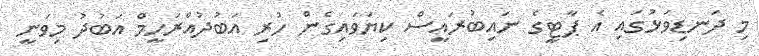
މި ދަނޑިވަޅުގައި އެ ޕާޓީގެ ނައިބުރައީސް ކިޔަވައިގެން ހުރި އަބުދުއްރަހީމް އަބުދު މިވަނީ